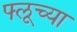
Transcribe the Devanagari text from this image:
फ्लूच्या